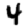
Digit: 4